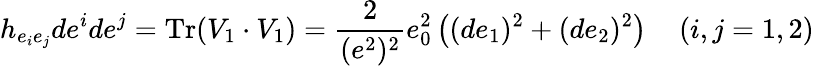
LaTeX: h_{e_{i}e_{j}}de^{i}de^{j}=\mathrm{Tr}(V_{1}\cdot V_{1})=\frac 2{(e^{2})^{2}}e_{0}^{2}\left((de_{1})^{2}+(de_{2})^{2}\right)\, \quad(i,j=1,2)